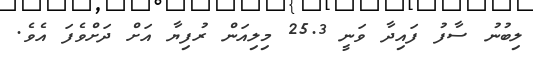
ލިބުނު ސާފު ފައިދާ ވަނީ 25.3 މިލިއަން ރުފިޔާ އަށް ދަށްވެފަ އެވެ.